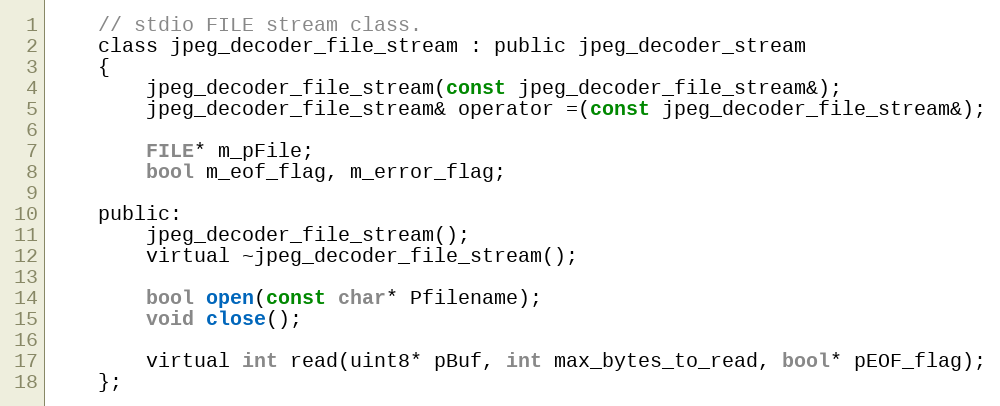
Language: C
	// stdio FILE stream class.
	class jpeg_decoder_file_stream : public jpeg_decoder_stream
	{
		jpeg_decoder_file_stream(const jpeg_decoder_file_stream&);
		jpeg_decoder_file_stream& operator =(const jpeg_decoder_file_stream&);

		FILE* m_pFile;
		bool m_eof_flag, m_error_flag;

	public:
		jpeg_decoder_file_stream();
		virtual ~jpeg_decoder_file_stream();

		bool open(const char* Pfilename);
		void close();

		virtual int read(uint8* pBuf, int max_bytes_to_read, bool* pEOF_flag);
	};